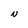
Character: N